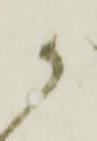
か